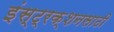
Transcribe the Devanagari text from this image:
इंस्ट्रक्शनसाठी